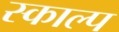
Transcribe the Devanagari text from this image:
स्काल्प